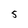
Character: 5